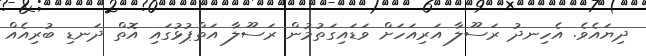
ދިޔައެވެ. އެހިނދު ރަސޫލާ އަރިއަހަށް ވަޑައިގަތުމުން ރަސޫލާ އަތްޕުޅުގައި އޮތް ދަނޑި ބުރިއެއް